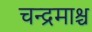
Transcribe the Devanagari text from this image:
चन्द्रमाश्च